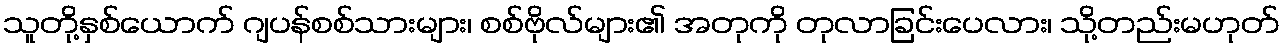
သူတို့နှစ်ယောက် ဂျပန်စစ်သားများ၊ စစ်ဗိုလ်များ၏ အတုကို တုလာခြင်းပေလား၊ သို့တည်းမဟုတ်